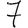
Digit: 7